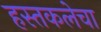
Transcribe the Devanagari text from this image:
हस्तकलेचा